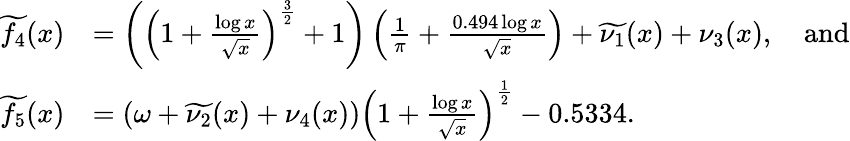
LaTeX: \begin{array}{rl}{\widetilde{f_{4}}(x)}&{=\bigg(\left(1+\frac{\log{x}}{\sqrt{x}}\right)^{\frac{3}{2}}+1\bigg)\left(\frac{1}{\pi}+\frac{0.494\log{x}}{\sqrt{x}}\right)+\widetilde{\nu_{1}}(x)+\nu_{3}(x),\quad\mathrm{and}}\\ {\widetilde{f_{5}}(x)}&{=(\omega+\widetilde{\nu_{2}}(x)+\nu_{4}(x))\left(1+\frac{\log{x}}{\sqrt{x}}\right)^{\frac{1}{2}}-0.5334.}\end{array}